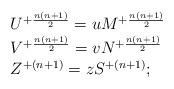
LaTeX: \begin{align*}\begin{array}{lcr}U^{+{n(n+1)\over2}}=uM^{+{n(n+1)\over2}}\\V^{+{n(n+1)\over2}}=vN^{+{n(n+1)\over2}}\\Z^{+{(n+1)}}=zS^{+{(n+1)}} ;\end{array}\end{align*}